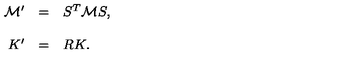
\begin{array} { r c l } { { \cal M } ^ { \prime } } & { = } & { S ^ { T } { \cal M } S , } \\ { } & { } & { } \\ { K ^ { \prime } } & { = } & { R K . } \\ \end{array}